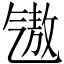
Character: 𪵧